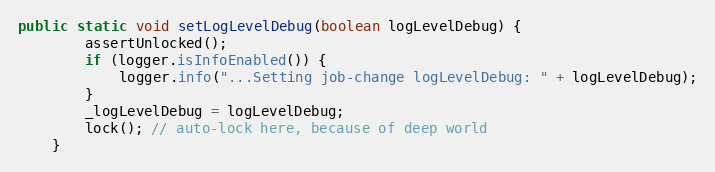
Language: Java
public static void setLogLevelDebug(boolean logLevelDebug) {
        assertUnlocked();
        if (logger.isInfoEnabled()) {
            logger.info("...Setting job-change logLevelDebug: " + logLevelDebug);
        }
        _logLevelDebug = logLevelDebug;
        lock(); // auto-lock here, because of deep world
    }